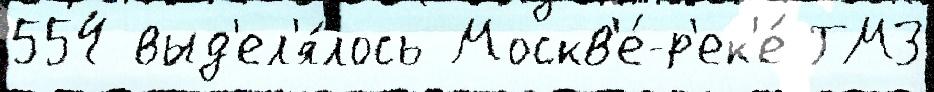
554 выд'ел'я́лось Москв'е́-р'ек'е́ ГМЗ